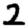
Digit: 2